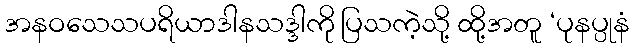
အနဝသေသပရိယာဒါနသဒ္ဒါကို ပြသကဲ့သို့ ထို့အတူ ‘ပုနပ္ပုနံ